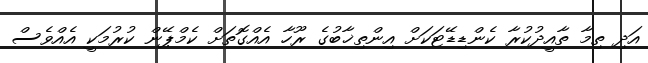
އަދި ތިމާ ތާއީދުކުރާ ކެންޑިޑޭޓަކަށް އިންތިޚާބުގެ ރޫހާ އެއްގޮތަށް ކެމްޕޭން ކުރުމަކީ އެއްވެސް